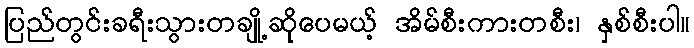
ပြည်တွင်းခရီးသွားတချို့ဆိုပေမယ့် အိမ်စီးကားတစီး၊ နှစ်စီးပါ။